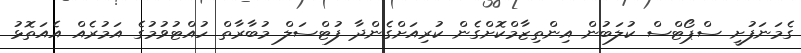
ގެމަނަފުށީ ސްޕޯޓްސް ކުލަބުން އިންތިޒާމްކޮށްގެން ކުރިއަށްގެންދާ ފުޓްސަލް މުބާރާތް ހުއްޓުވުމުގެ އަމުރެއް އެއަތޮޅު